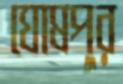
ঘোষপুর